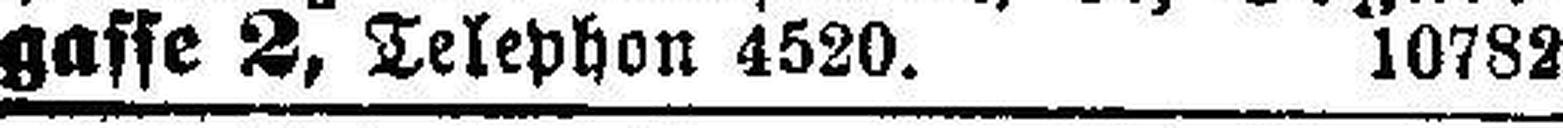
gasse 2, Telephon 4520. 10782